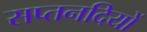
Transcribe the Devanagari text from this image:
सप्तनदियों